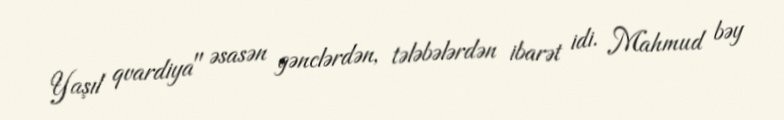
Yaşıl qvardiya" əsasən gənclərdən, tələbələrdən ibarət idi. Mahmud bəy